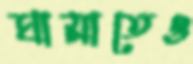
ঘামাতেও